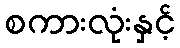
စကားလုံးနှင့်